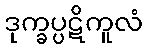
ဒုက္ခပ္ပဋိကူလံ